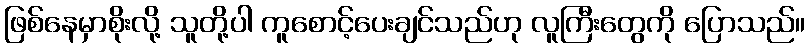
ဖြစ်နေမှာစိုးလို့ သူတို့ပါ ကူစောင့်ပေးချင်သည်ဟု လူကြီးတွေကို ပြောသည်။